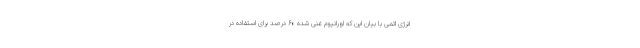
انرژی اتمی با بیان این که اورانیوم غنی شده ۶۰ درصد برای استفاده در